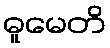
ဓူမေတိ